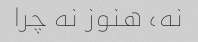
نه، هنوز نه چرا